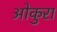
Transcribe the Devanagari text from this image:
ओकुरा